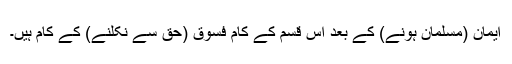
ایمان (مسلمان ہونے) کے بعد اس قسم کے کام فسوق (حق سے نکلنے) کے کام ہیں۔